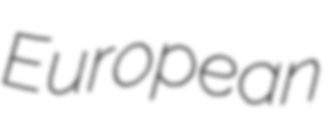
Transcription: European